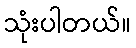
သုံးပါတယ်။